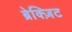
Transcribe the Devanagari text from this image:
ब्रेक्ज़िट